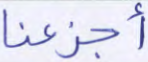
أجزعنا